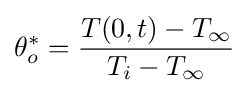
\theta _{o}^{*}={\frac {T(0,t)-T_{\infty }}{T_{i}-T_{\infty }}}